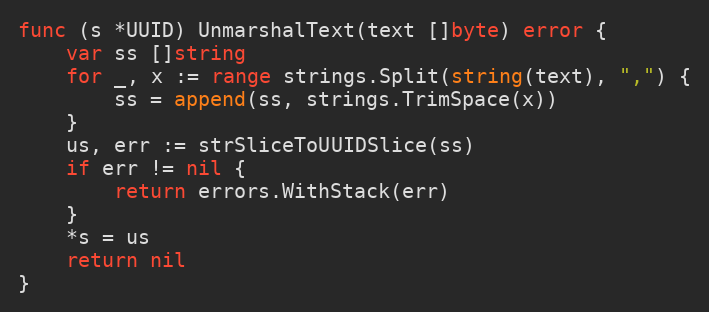
Language: Go
func (s *UUID) UnmarshalText(text []byte) error {
	var ss []string
	for _, x := range strings.Split(string(text), ",") {
		ss = append(ss, strings.TrimSpace(x))
	}
	us, err := strSliceToUUIDSlice(ss)
	if err != nil {
		return errors.WithStack(err)
	}
	*s = us
	return nil
}